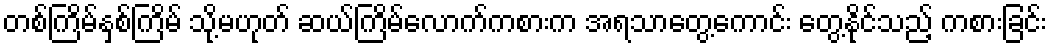
တစ်ကြိမ်နှစ်ကြိမ် သို့မဟုတ် ဆယ်ကြိမ်လောက်ကစားက အရသာတွေ့ကောင်း တွေ့နိုင်သည့် ကစားခြင်း